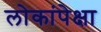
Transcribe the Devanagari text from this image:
लोकांपेक्षा